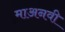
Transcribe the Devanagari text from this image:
माअनवी